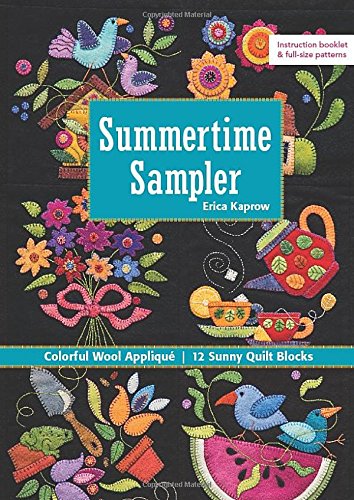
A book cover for Summertime Sampler: Colorful Wool AppliquÃ©  Sunny Quilt Blocks; Erica Kaprow; Crafts, Hobbies & Home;